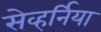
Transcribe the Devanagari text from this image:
सेव्हर्निया